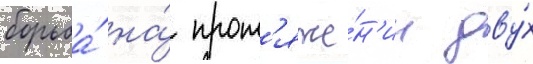
борьба́ на́ прот'яже́н'ии дву́х